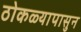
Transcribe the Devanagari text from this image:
ठोकळ्यापासुन